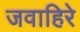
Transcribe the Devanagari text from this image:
जवाहिरे